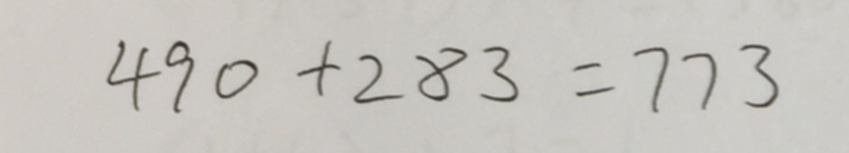
4 9 0 + 2 8 3 = 7 7 3